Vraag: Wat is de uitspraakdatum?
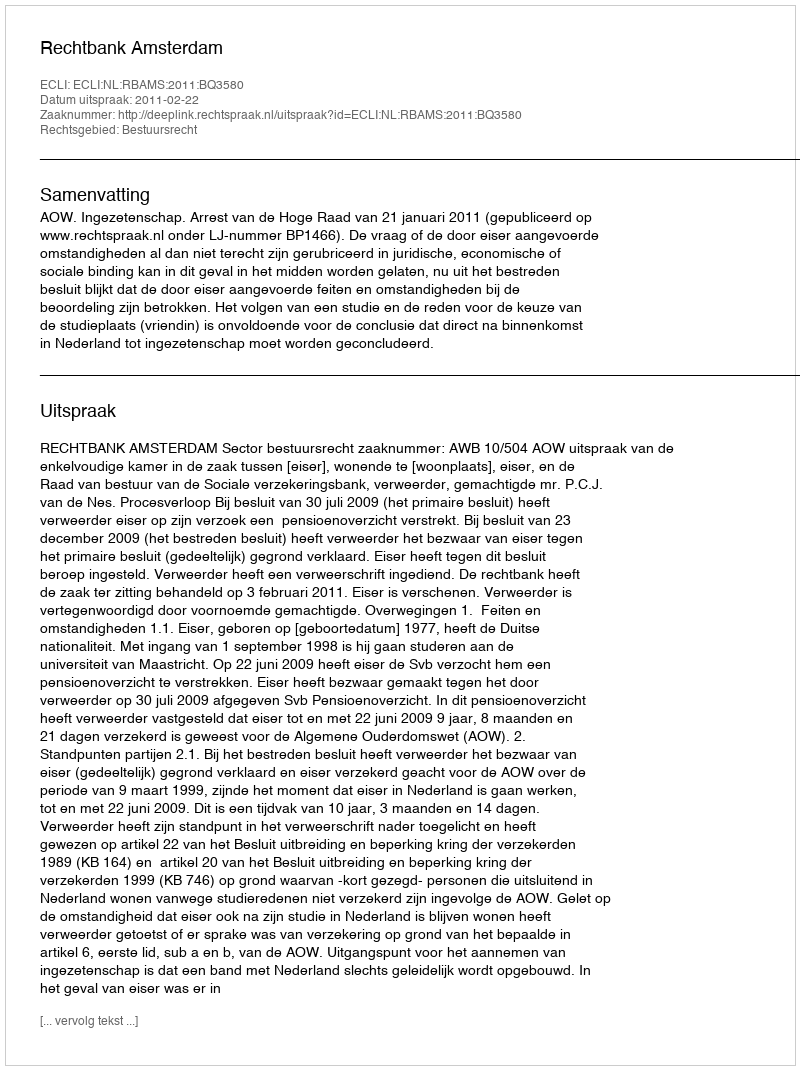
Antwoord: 2011-02-22